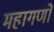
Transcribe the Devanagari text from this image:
महागणों